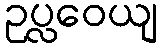
ဥပ္လဝေယျ